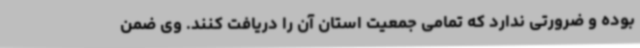
بوده و ضرورتی ندارد که تمامی جمعیت استان آن را دریافت کنند. وی ضمن